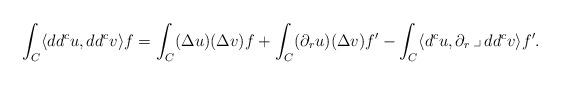
LaTeX: \begin{align*}\int_{C} \langle dd^c u, dd^c v\rangle f = \int_{C} (\Delta u)(\Delta v)f + \int_{C} (\partial_r u)(\Delta v)f' - \int_{C} \langle d^c u, \partial_r \,\lrcorner\,dd^c v\rangle f'.\end{align*}